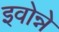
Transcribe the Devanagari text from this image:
इवोन्ने